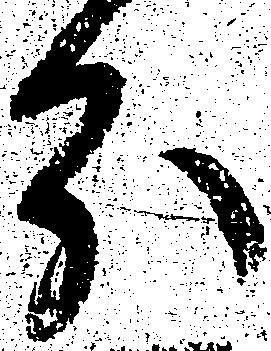
分